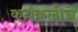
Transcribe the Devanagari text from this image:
कथकलीचे